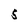
Character: S